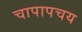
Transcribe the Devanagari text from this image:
चापापचय